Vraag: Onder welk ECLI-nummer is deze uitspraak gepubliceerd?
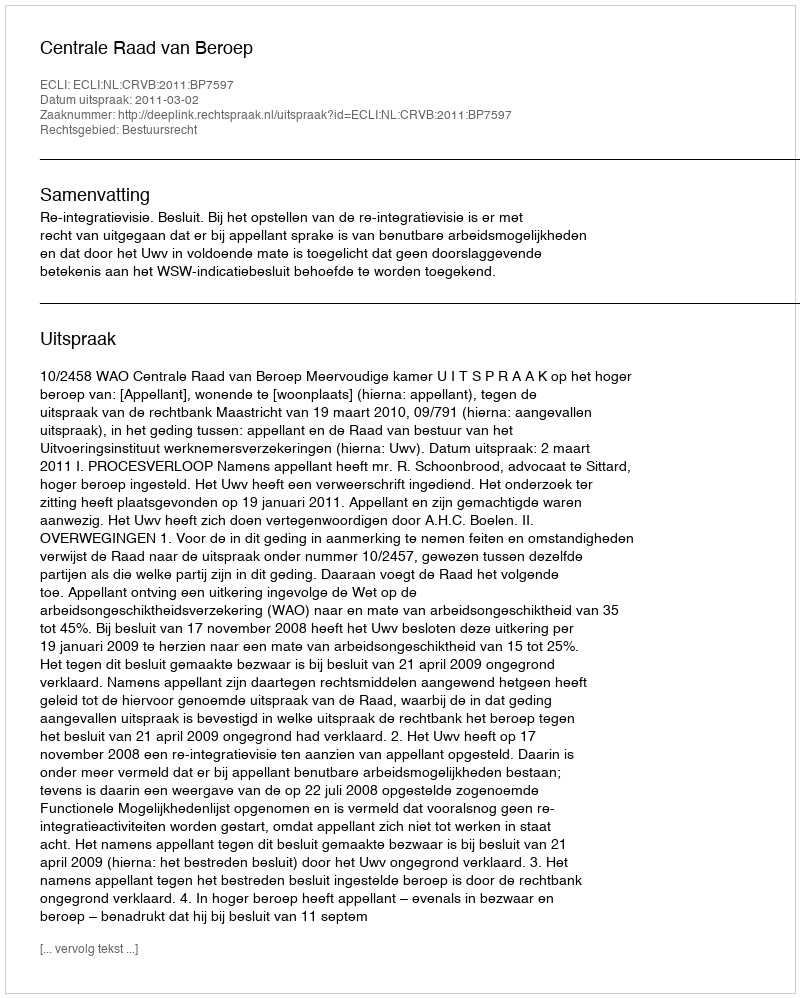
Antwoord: ECLI:NL:CRVB:2011:BP7597